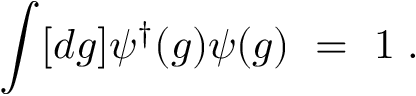
\int [ d g ] \psi ^ { \dagger } ( g ) \psi ( g ) ~ = ~ 1 \; .